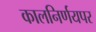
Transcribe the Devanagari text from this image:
कालनिर्णयपर